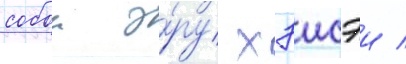
собои э́ру хэисэи /